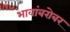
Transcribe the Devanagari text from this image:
भावांबरोबर